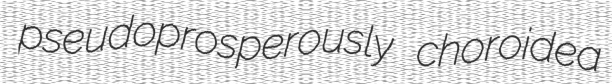
pseudoprosperously choroidea